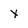
Character: x